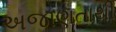
અજાણતાથી